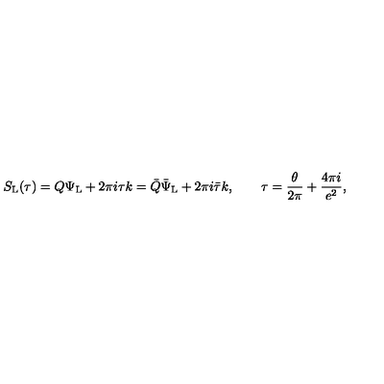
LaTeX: S _ { \mathrm { L } } ( \tau ) = Q \Psi _ { \mathrm { L } } + 2 \pi i \tau k = \bar { Q } \bar { \Psi } _ { \mathrm { L } } + 2 \pi i \bar { \tau } k , \qquad \tau = \frac { \theta } { 2 \pi } + \frac { 4 \pi i } { e ^ { 2 } } ,